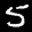
Label: 5